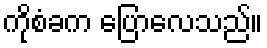
ကိုစံခက ပြောလေသည်။